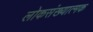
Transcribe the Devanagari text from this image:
लोकसंख्यात्मक